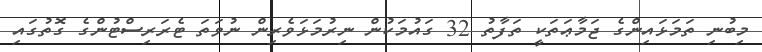
މިބުނި ތަމަޅައިންގެ ޖަމާޢަތަކީ ތަފާތު 32 ގައުމަކުން ނިރުމަޅަވެރިން ނުވަތަ ޓެރަރިސްޓުންގެ ގޮތުގައި